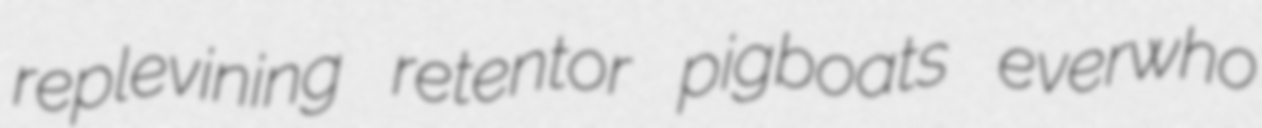
replevining retentor pigboats everwho